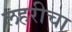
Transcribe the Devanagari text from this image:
लहरीचा